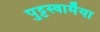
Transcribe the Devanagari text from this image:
पुट्टस्वामैया